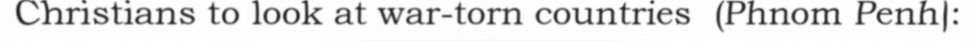
Christians to look at war-torn countries  (Phnom Penh):